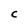
Character: C